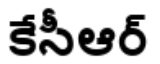
కేసీఆర్